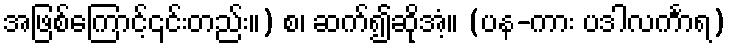
အဖြစ်ကြောင့်၎င်းတည်း။) စ၊ ဆက်၍ဆိုအံ့။ (ပန-ကား ပဒါလင်္ကာရ)